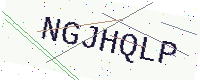
Text: NGJHQLP